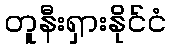
တူနီးရှားနိုင်ငံ